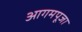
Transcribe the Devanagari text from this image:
आगमपूजा